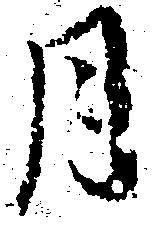
月